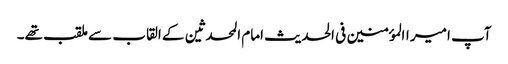
آپ امیر االمؤمنین فی الحدیث امام المحدثین کے القاب سے ملقب تھے۔